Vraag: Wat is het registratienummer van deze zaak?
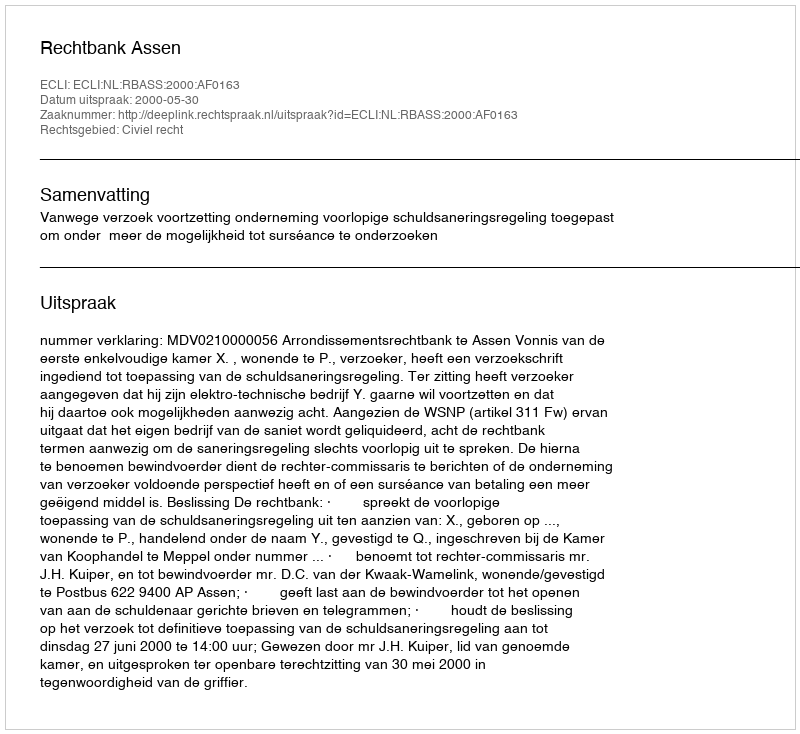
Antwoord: http://deeplink.rechtspraak.nl/uitspraak?id=ECLI:NL:RBASS:2000:AF0163